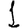
Digit: 1